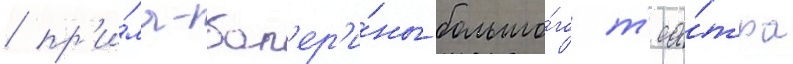
/ пр'и́ма-бал'ер'и́ны большо́го т'еа́тра